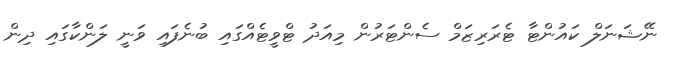
ނޭޝަނަލް ކައުންޓާ ޓެރަރިޒަމް ސެންޓަރުން މިއަދު ޓްވީޓެއްގައި ބުނެފައި ވަނީ ލަންކާގައި ދިން